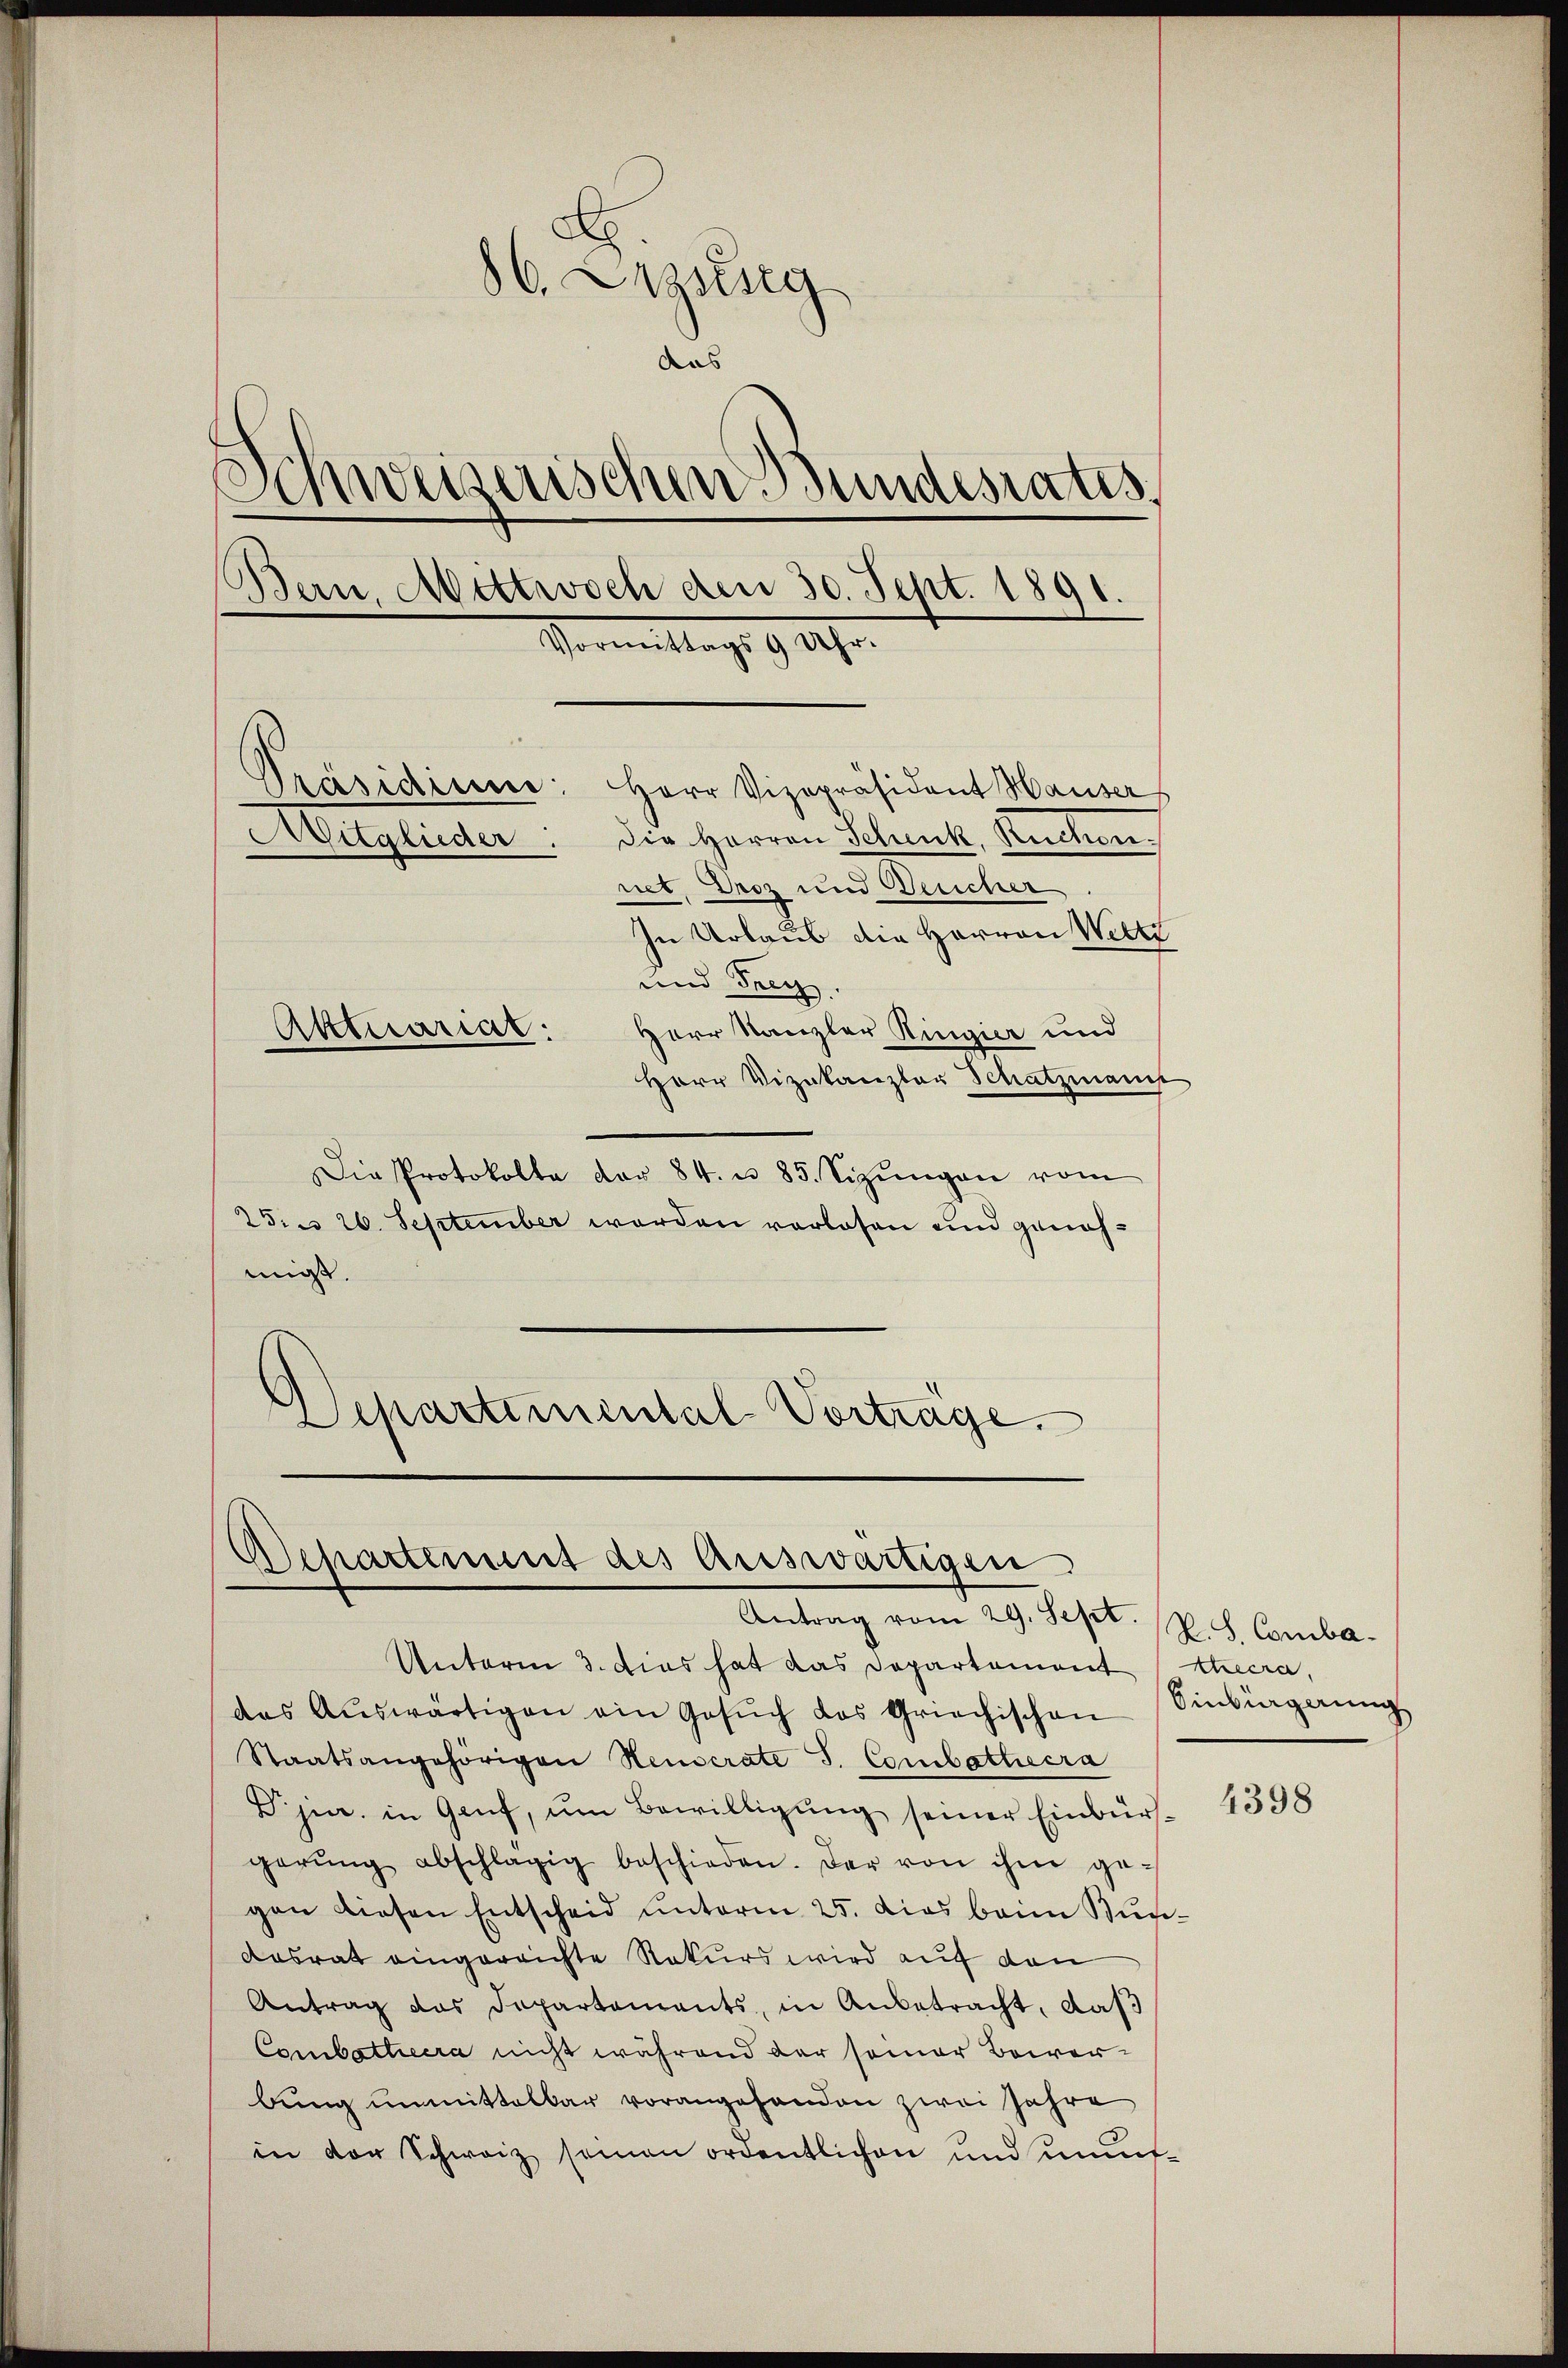
86. Cessing
das
s
Schweizerischen Bundesrates,
Bern, Mittwoch den 30. Sept. 1891.
.
Vormittags 9 Uhr.
Präsidium: Herr Vizepräsident Hauser
Witglieder. Die Herren Schenk, Ruchen.
net. Droz und Gericher
In Urlaub die Herren Wette
und Frey.
Herr Kanzler Ringier und
Atttuariat:
Herr Vizekanzler Schatzmann

Die Protokolle der 84 u. 85. Sizŭngen vom
25. u 26. September werden vorlesen und genohmigt.
Echartimental Vortrage.

Departement des Auswärtigen
Antrag vom 29. Sept.

Unterm 3. Dies hat das Departement Stecra,
das Aŭswärtigen ein Gesŭch das Griechischen
Staatsangehörigen Heuserate J. Combathecra
Dr. jur. in Genf, um Bewilligung seiner Einbür
gerŭng abschlägig beschieden. Der von ihm ge-
gen diesen Entscheid unterm 25. dies beim Bun¬
Aasrat eingereichte Rekurs wird auf den
Antrag das Departements, in Anbetracht, das
Combathiera nicht während der seiner Bewerbung unmittelbar vorangehanden zwei Jahre
in der Schweiz samen ordentlichen und münf-

P.S. Comba¬
Einkingerung

4398